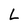
Character: L